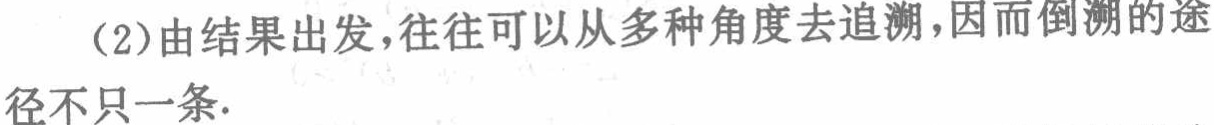
（2）由结果出发，往往可以从多种角度去追溯，因而倒溯的途径不只一条.